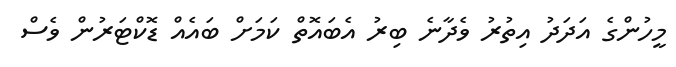
މީހުންގެ އަދަދު އިތުރު ވެދާނެ ބިރު އެބައޮތް ކަމަށް ބައެއް ޑޮކްޓަރުން ވެސް